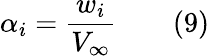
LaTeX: \alpha_{i}={\frac{w_{i}}{V_{\infty}}}\qquad(9)